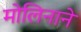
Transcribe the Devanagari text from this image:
मोलिनाने